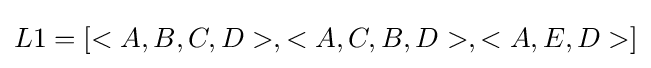
L1=[<A,B,C,D>,<A,C,B,D>,<A,E,D>]